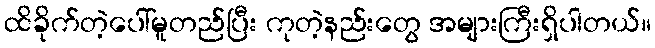
ထိခိုက်တဲ့ပေါ်မူတည်ပြီး ကုတဲ့နည်းတွေ အများကြီးရှိပါတယ်။